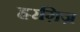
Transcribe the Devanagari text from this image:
हरग़िज़